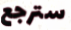
سترجع